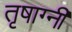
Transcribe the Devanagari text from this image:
तृषाग्नी